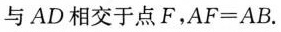
与AD相交于点F，$$A F = A B$$。